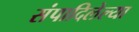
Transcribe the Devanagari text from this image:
संपादिलेल्या